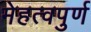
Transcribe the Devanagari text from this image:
मेहत्वपुर्ण